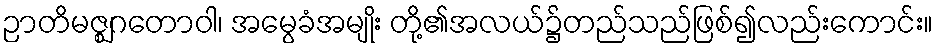
ဉာတိမဇ္ဈဂတောဝါ၊ အမွေခံအမျိုး တို့၏အလယ်၌တည်သည်ဖြစ်၍လည်းကောင်း။